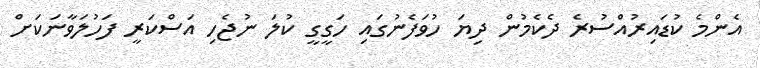
އެންމެ ކުޑައިރުއްސުރެ ދެކެމުން ދިޔަ ހުވަފެނުގައި ހަގީގީ ކުލަ ނުޖެހި އަސްކަރީ ފަހުލަވާނަކަށް